Report on the nature of kala-azar
Disease focus: Kala-Azar
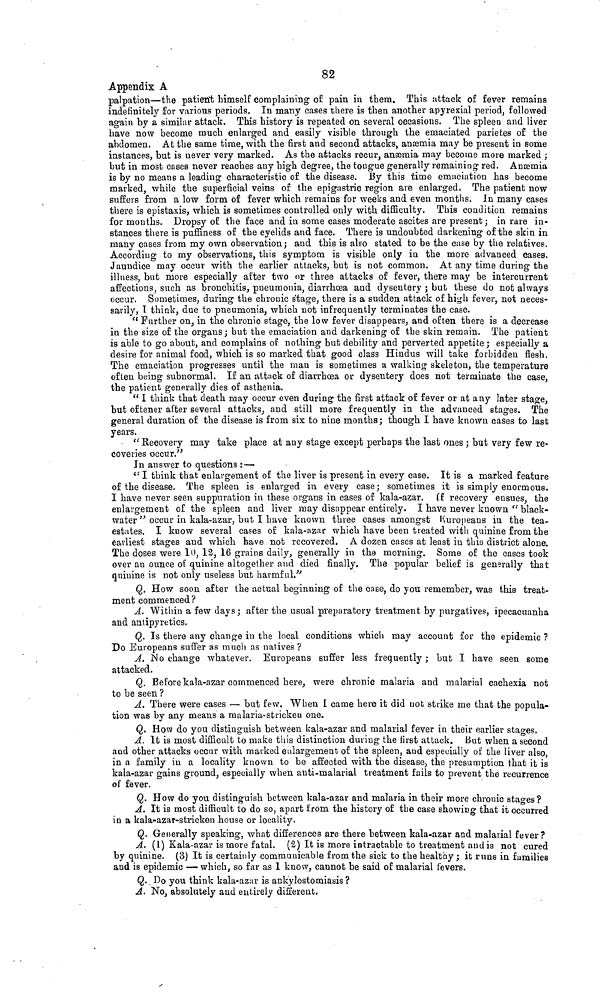
82
Appendix A
palpation—the patient himself complaining of pain in them. This attack of fever remains
indefinitely for various periods. In many cases there is then another apyrexial period, followed
again by a similar attack. This history is repeated on several occasions. The spleen and liver
have now become much enlarged and easily visible through the emaciated parietes of the
abdomen. At the same time, with the first and second attacks, anæmia may be present in some
instances, but is never very marked. As the attacks recur, anæmia may become more marked;
hut in most cases never reaches any high degree, the tongue generally remaining red. Anæmia
is by no means a leading characteristic of the disease. By this time emaciation has become
marked, while the superficial veins of the epigastric region are enlarged. The patient now
suffers from a low form of fever which remains for weeks and even months. In many cases
there is epistaxis, which is sometimes controlled only with difficulty. This condition remains
for mouths. Dropsy of the face and in some cases moderate ascites are present; in rare in-
stances there is puffiness of the eyelids and face. There is undoubted darkening of the skin in
many cases from my own observation; and this is also stated to be the ease by the relatives.
According to my observations, this symptom is visible only in the more advanced cases.
Jaundice may occur with the earlier attacks, but is not common. At any time during the
illness, but more especially after two or three attacks of fever, there may be intercurrent
affections, such as bronchitis, pneumonia, diarrhœa and dysentery; but these do not always
occur. Sometimes, during the chronic stage, there is a sudden attack of high fever, not neces-
sarily, T think, due to pneumonia, which not infrequently terminates the case.
"Further on, in the chronic stage, the low fever disappears, and often there is a decrease
in the size of the organs; but the emaciation and darkening of the skin remain. The patient
is able to go about, and complains of nothing but debility and perverted appetite; especially a
desire for animal food, which is so marked that good class Hindus will take forbidden flesh.
The emaciation progresses until the man is sometimes a walking skeleton, the temperature
often being subnormal. If an attack of diarrhœa or dysentery does not terminate the case,
the patient generally dies of asthenia.
"I think that death may occur even during the first attack of fever or at any later stage,
but oftener after several attacks, and still more frequently in the advanced stages. The
general duration of the disease is from six to nine months; though I have known cases to last
years.
"Recovery may take place at any stage except perhaps the last ones; but very few re-
coveries occur."
In answer to questions :—
"I think that enlargement of the liver is present in every case. It is a marked feature
of the disease. The spleen is enlarged in every case; sometimes it is simply enormous.
I have never seen suppuration in these organs in cases of kala-azar. If recovery ensues, the
enlargement of the spleen and liver may disappear entirely. I have never known "black-
water" occur in kala-azar, but I have known three cases amongst Europeans in the tea-
estates. I know several cases of kala-azar which have been treated with quinine from the
earliest stages and which have not recovered. A dozen cases at least in this district alone.
The doses were 10, 12, 16 grains daily, generally in the morning. Some of the cases took
over an ounce of quinine altogether and died finally. The popular belief is generally that
quinine is not only useless but harmful."
Q. How soon after the actual beginning of the case, do you remember, was this treat-
ment commenced?
A. Within a few days; after the usual preparatory treatment by purgatives, ipecacuanha
and antipyretics.
Q. Is there any change in the local conditions which may account for the epidemic ?
Do Europeans suffer as much as natives ?
A. No change whatever. Europeans suffer less frequently; but I have seen some
attacked.
Q. Before kala-azar commenced here, were chronic malaria and malarial cachexia not
to be seen ?
A. There were cases — but few. When I came here it did not strike me that the popula-
tion was by any means a malaria-stricken one.
Q. How do you distinguish between kala-azar and malarial fever in their earlier stages.
A. It is most difficult to make this distinction during the first attack. But when a second
and other attacks occur with marked enlargement of the spleen, and especially of the liver also
in a family in a locality known to be affected with the disease, the presumption that it is
kala-azar gains ground, especially when anti-malarial treatment fails to prevent the recurrence
of fever.
Q. How do you distinguish between kala-azar and malaria in their more chronic stages?
A. It is most difficult to do so, apart from the history of the case showing that it occurred
in a kala-azar-stricken house or locality.
Q. Generally speaking, what differences are there between kala-azar and malarial fever?
A. (1) Kala-azar is more fatal. (2) It is more intractable to treatment and is not cured
by quinine. (3) It is certainly communicable from the sick to the healthy; it runs in families
and is epidemic — which, so far as 1 know, cannot be said of malarial fevers.
Q. Do you think kala-azar is ankylostomiasis?
A. No, absolutely and entirely different.